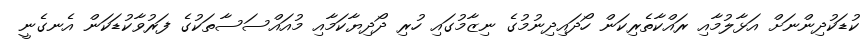
ކުޑަކުދިންނަށް އަޅާލުމާއި ރައްކާތެރިކަން ހޯދައިދިނުމުގެ ނިޒާމުގައި ހުރި ދޯދިޔާކަމާއި މުއައްސަސާތަކުގެ ފަރުވާކުޑަކަން އެނގެނީ